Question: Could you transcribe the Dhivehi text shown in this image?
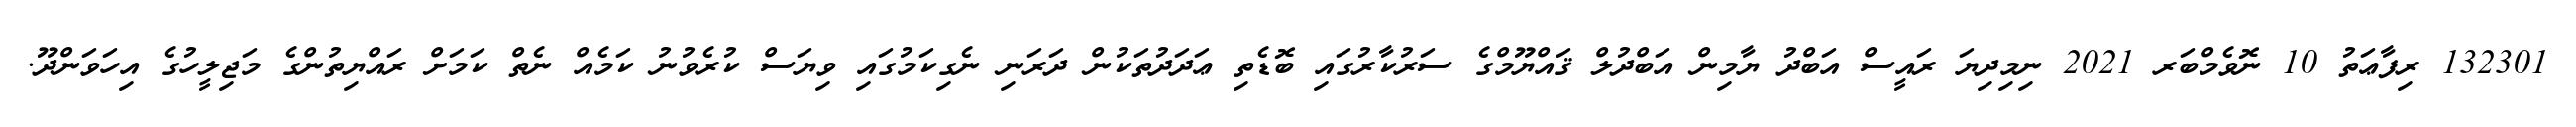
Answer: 132301 ރިފާޢަތު 10 ނޮވެމްބަރ 2021 ނިމިދިޔަ ރައީސް އަބްދު ޔާމިން އަބްދުލް ޤައްޔޫމްގެ ސަރުކާރުގައި ބޮޑެތި ޢަދަދުތަކުން ދަރަނި ނެގިކަމުގައި ވިޔަސް ކުރެވުނު ކަމެއް ނެތް ކަމަށް ރައްޔިތުންގެ މަޖިލީހުގެ އިހަވަންދޫ.